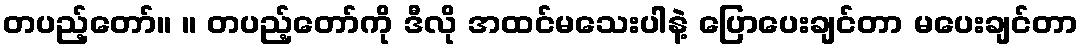
တပည့်တော်။ ။ တပည့်တော်ကို ဒီလို အထင်မသေးပါနဲ့ ပြောပေးချင်တာ မပေးချင်တာ